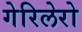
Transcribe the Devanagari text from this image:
गेरिलेरो